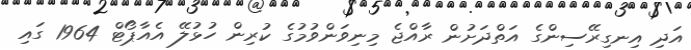
އަދި އިނގިރޭސިންގެ އަތްދަށުން ރާއްޖެ މިނިވަންވުމުގެ ކުރިން ހުޅުލޭ އެއާޕޯޓް 1964 ގައި